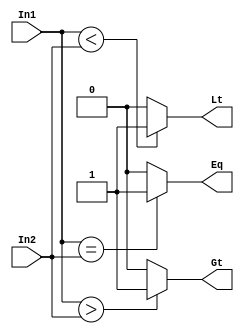
module magComp ( In1, In2, Gt, Lt, Eq ); 
  input [15:0]  In1, In2; //The two 16-bit Inputs In1 and In2 
  output reg  Gt, Lt, Eq; //The Outputs of comparison 
  always @ (In1 or In2) //Check the state of the input lines 
  begin 
    Gt <= ( In1 > In2 )? 1'b1 : 1'b0; 
    Lt <= ( In1 < In2 )? 1'b1 : 1'b0; 
    Eq <= ( In1 == In2)? 1'b1 : 1'b0; 
  end 
endmodule